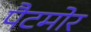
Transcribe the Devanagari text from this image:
पैटमोर